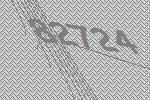
82724